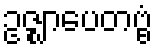
ဥဇ္ဈာပေတဗ္ဗံ